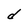
Character: d